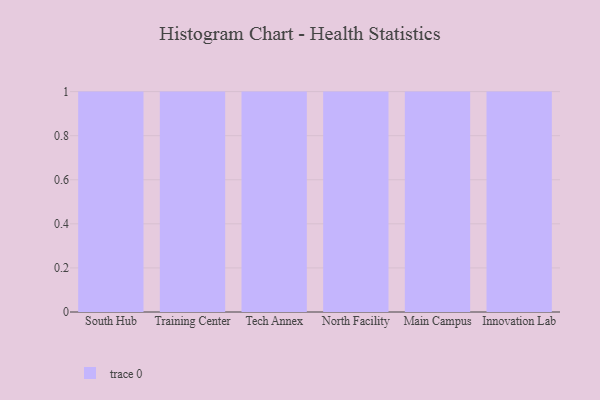
{"axis": {"x": "Campus", "y": "Net Income (USD K)"}, "legend": [""], "data": [{"x": "South Hub", "y": 3, "type": ""}, {"x": "Training Center", "y": 25, "type": ""}, {"x": "Tech Annex", "y": 16, "type": ""}, {"x": "North Facility", "y": 35, "type": ""}, {"x": "Main Campus", "y": 87, "type": ""}, {"x": "Innovation Lab", "y": 46, "type": ""}]}